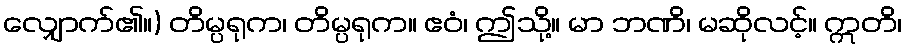
လျှောက်၏။) တိမ္ပရုက၊ တိမ္ပရုက။ ဧဝံ၊ ဤသို့။ မာ ဘဏိ၊ မဆိုလင့်။ ဣတိ၊